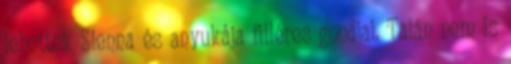
lehettek Sienna és anyukája filléres gondjai. Talán nem is